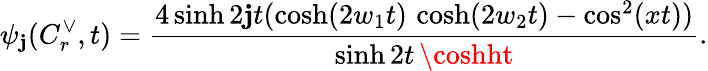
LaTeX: \psi_{\mathbf{j}}(C_{r}^{\vee},t)=\frac{{4\sinh2\mathbf{j}t(\cosh(2w_{1}t)\, \cosh(2w_{2}t)-\cos^{2}(xt))}}{{\sinh2t\, \coshht}}.